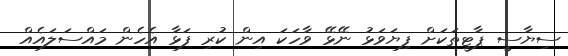
ސިޔާސީ ޕާޓީތަކަށް ފިޔަވަޅު ނޭޅޭ ވާހަކަ އިން ކުރި ފަޅާ އެހެން މައްސަލައެއް